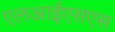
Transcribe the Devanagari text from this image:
एलआईएसएस